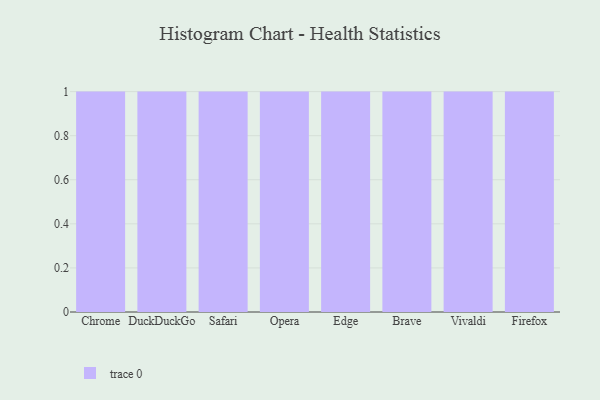
{"axis": {"x": "Browser", "y": "Market Share (%)"}, "legend": [""], "data": [{"x": "Chrome", "y": 96, "type": ""}, {"x": "DuckDuckGo", "y": 41, "type": ""}, {"x": "Safari", "y": 46, "type": ""}, {"x": "Opera", "y": 88, "type": ""}, {"x": "Edge", "y": 66, "type": ""}, {"x": "Brave", "y": 76, "type": ""}, {"x": "Vivaldi", "y": 3, "type": ""}, {"x": "Firefox", "y": 6, "type": ""}]}